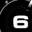
Digit: 6